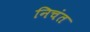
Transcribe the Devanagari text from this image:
निचंत